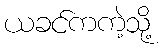
ယခင်ကကဲ့သို့